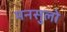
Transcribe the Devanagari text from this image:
मनसुलो